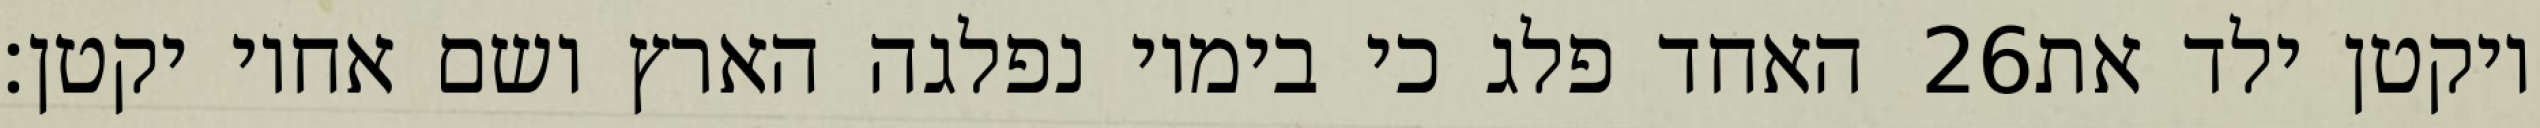
האחד פלג כי בימיו נפלגה הארץ ושם אחיו יקטן׃ ‎26‏ ויקטן ילד את